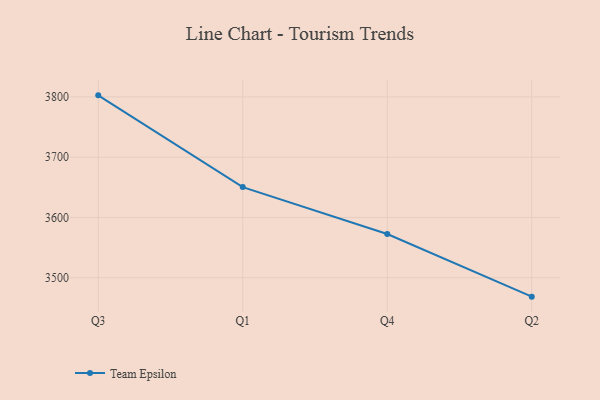
{"axis": {"x": "Quarter", "y": "Budget (USD K)"}, "legend": ["Team Epsilon"], "data": [{"x": "Q3", "y": 3802.6, "type": "Team Epsilon"}, {"x": "Q1", "y": 3650.4, "type": "Team Epsilon"}, {"x": "Q4", "y": 3572.5, "type": "Team Epsilon"}, {"x": "Q2", "y": 3468.6, "type": "Team Epsilon"}]}